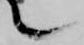
て